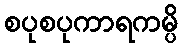
စပုစပုကာရကမ္ပိ